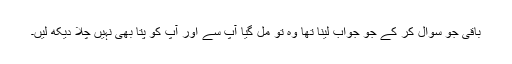
باقی جو سوال کر کے جو جواب لینا تھا وہ تو مل گیا آپ سے اور آپ کو پتا بھی نہیں چلا دیکھ لیں۔